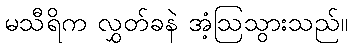
မသီရိက လွှတ်ခနဲ အံ့ဩသွားသည်။